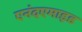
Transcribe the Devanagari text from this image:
एनंदएमाइड